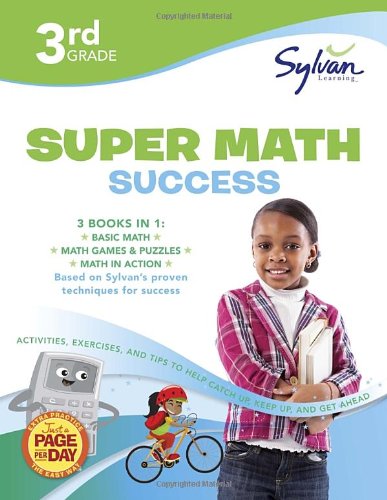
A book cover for Third Grade Super Math Success (Sylvan Super Workbooks) (Math Super Workbooks); Sylvan Learning; Science & Math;